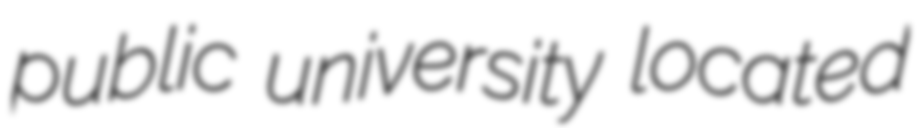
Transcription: public university located